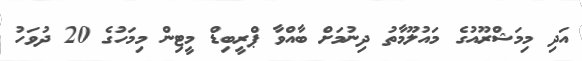
އަދި މިމަޝްރޫއުގެ މައުލޫމާތު ދިނުމަށް ބާއްވާ ޕްރީބިޑް މީޓިން މިމަހުގެ 20 ދުވަހު